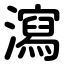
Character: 瀉